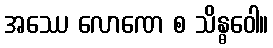
အဿေ လောဏေ စ သိန္ဓဝေါ။